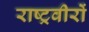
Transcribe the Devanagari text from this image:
राष्ट्रवीरों